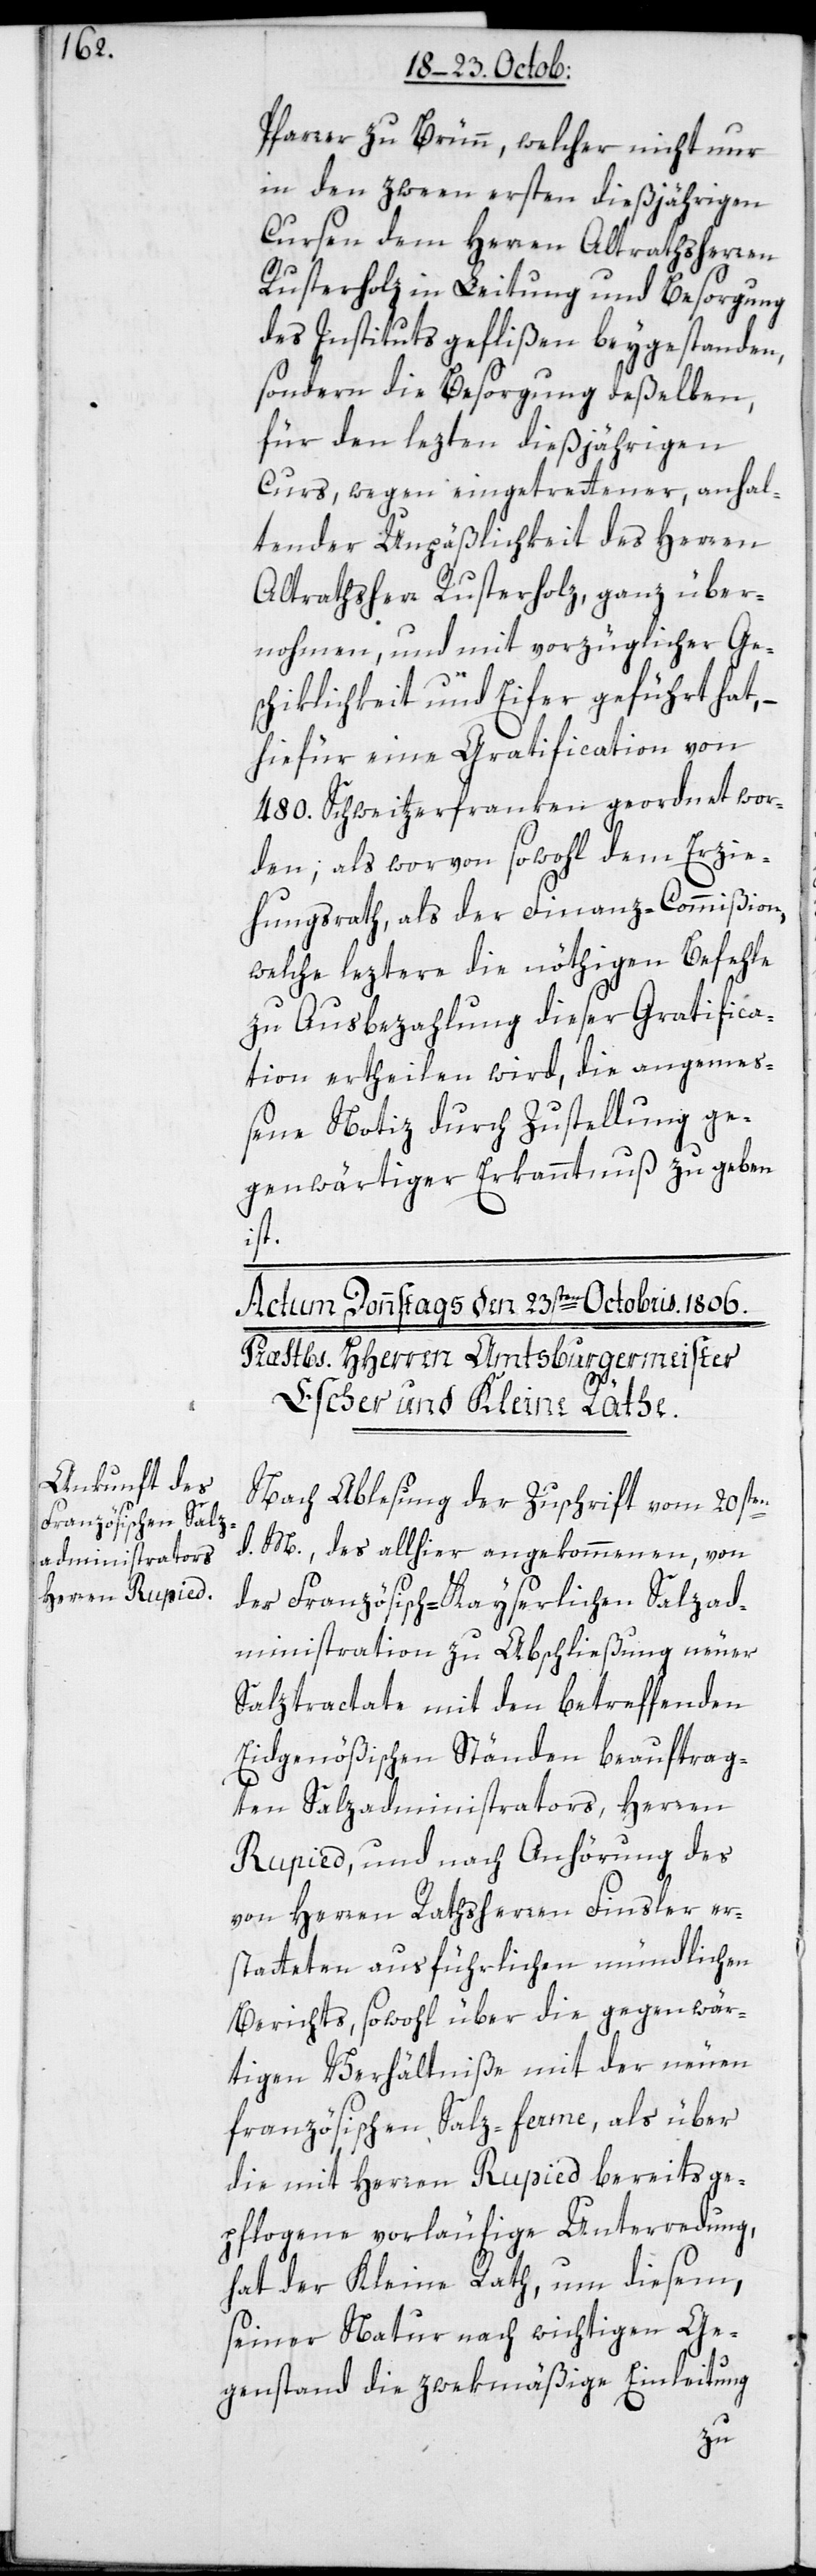
Pfarrer zu Brünn, welcher nicht nur
in den zween ersten dießjährigen
Cursen dem Herren Altrathsherren
Rusterholz in Leitung und Besorgung
des Instituts geflißen beygestanden,
sondern die Besorgung deßelben,
für den lezten dießßjährigen
Curs, wegen eingetrettener anhal¬
tender Unpäßlichkeit des Herren
Altrathsherr Rusterhloz, ganz über¬
nohmen, und mit vorzüglicher Ges¬
chiklichkeit und Eifer geführt hat,
hiefür eine Gratification von
480. Schweitzerfanken geordnet wor¬
den; als worvon sowohl dem Erzie¬
hungsrath als der Finanz-Commißion,
welche leztere die nöthigen Befehle
zu Ausbezahlung dieser Gratifica¬
tion ertheilen wird, die angemeß¬
ene Notiz durch Zustellung ge¬
genwärtiger Erkanntnuß zu geben
ist.
Nach Ablesung der Zuschrift vom 20sten
d. M., des allhier angekommenen, von
der Französisch-Kayserlichen Salzad¬
ministration zu Abschließung neuer
Salztractate mit den betreffenden
Eidgenößischen Ständen beauftrag¬
ten Salzadministrators, Herren
Rupied, und nach Anhörung des
von Herren Rathsherren Finsler er¬
statteten ausführlichen mündlichen
Berichts, sowohl über die gegenwär¬
tigen Verhältniße mit der neuen
französischen Salz-ferme, als über
die mit Herren Rupied bereits ge¬
pflogene vorläufige Unterredung,
hat der Kleine Rath, um diesem
seiner Natur nach wichtigen Ge¬
genstand die zwekmäßige Einleitung